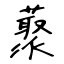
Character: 藂